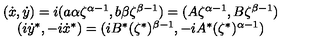
\begin{array} { c } { ( \dot { x } , \dot { y } ) = i ( a \alpha \zeta ^ { \alpha - 1 } , b \beta \zeta ^ { \beta - 1 } ) = ( A \zeta ^ { \alpha - 1 } , B \zeta ^ { \beta - 1 } ) } \\ { ( i \dot { y } ^ { * } , - i \dot { x } ^ { * } ) = ( i B ^ { * } ( \zeta ^ { * } ) ^ { \beta - 1 } , - i A ^ { * } ( \zeta ^ { * } ) ^ { \alpha - 1 } ) } \\ \end{array}